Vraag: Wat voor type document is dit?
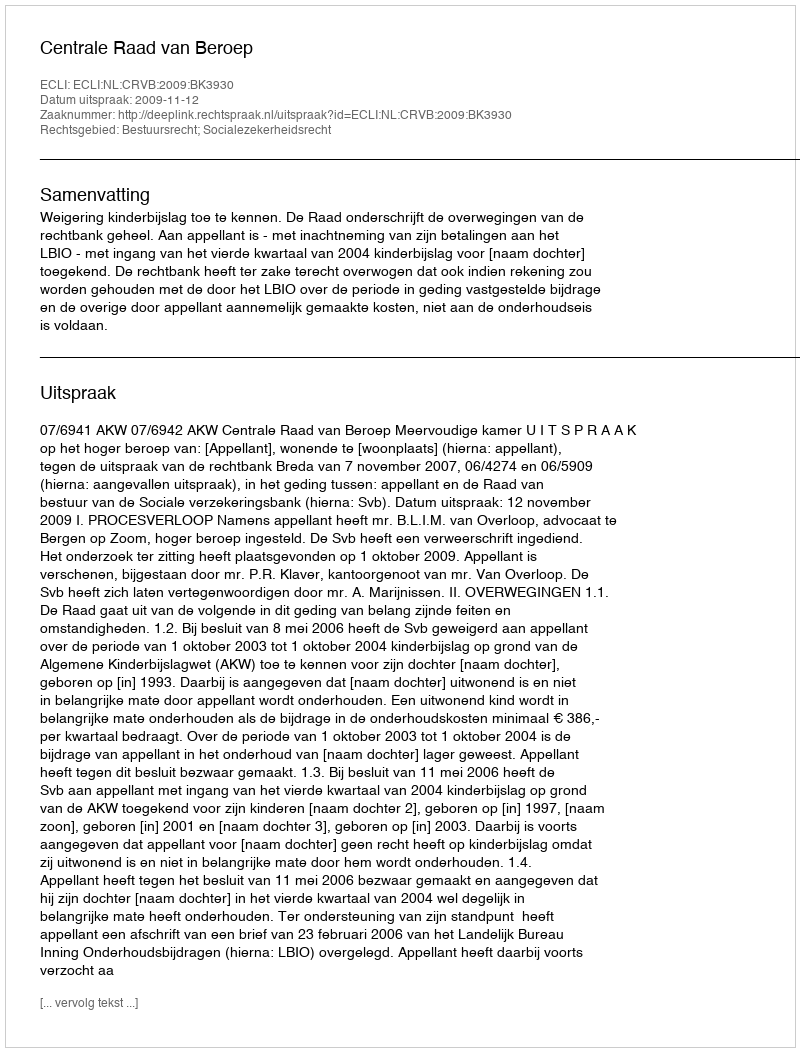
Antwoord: Uitspraak